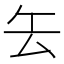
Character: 𠫟